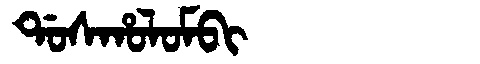
Manchu: ᡩᠣᠰᡥᠣᠯᠣᠮᠪᡳ
Romanization: DOSHOLOMBI